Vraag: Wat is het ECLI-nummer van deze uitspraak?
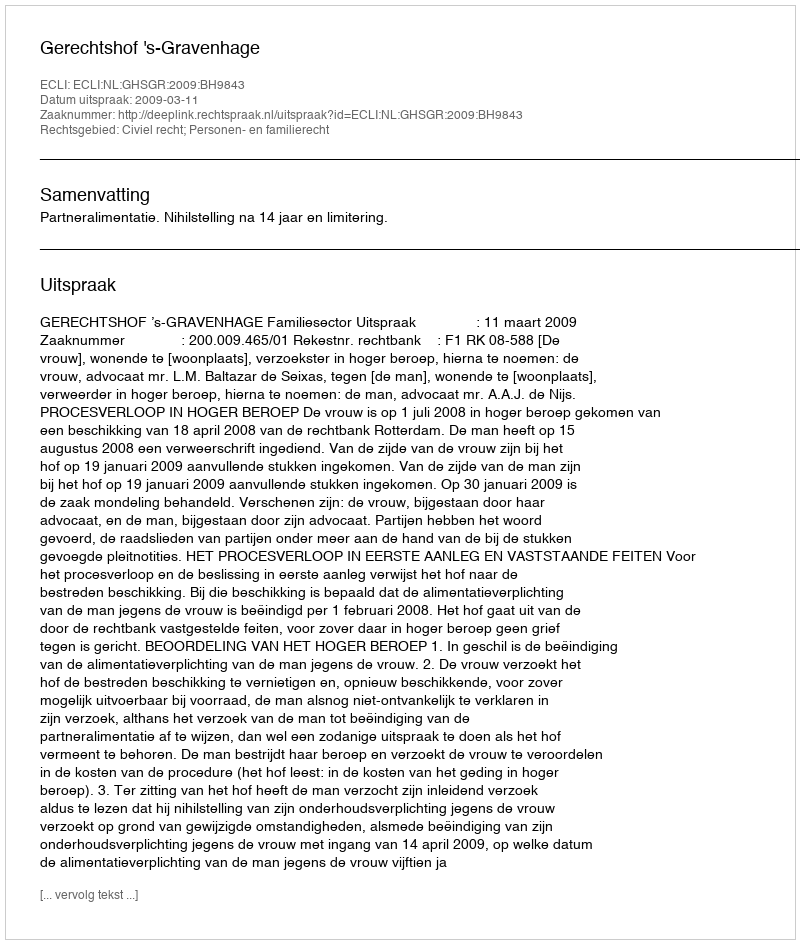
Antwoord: ECLI:NL:GHSGR:2009:BH9843